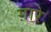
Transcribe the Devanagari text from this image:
ग़ारे